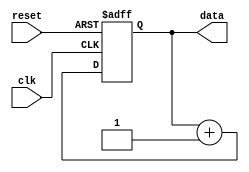
module repeat_loop (
    input wire clk,          // Clock signal
    input wire reset,        // Reset signal to break the loop
    output reg [7:0] data    // Example output data
);

    // Initialization
    initial begin
        data = 8'b0; // Initialize data
    end

    // Always block to implement the repeat loop behavior
    always @(posedge clk or posedge reset) begin
        if (reset) begin
            // Reset condition: break the loop and reset data
            data <= 8'b0;
        end else begin
            // Repeat loop body
            // Example operation: Increment data
            data <= data + 1;
        end
    end

endmodule